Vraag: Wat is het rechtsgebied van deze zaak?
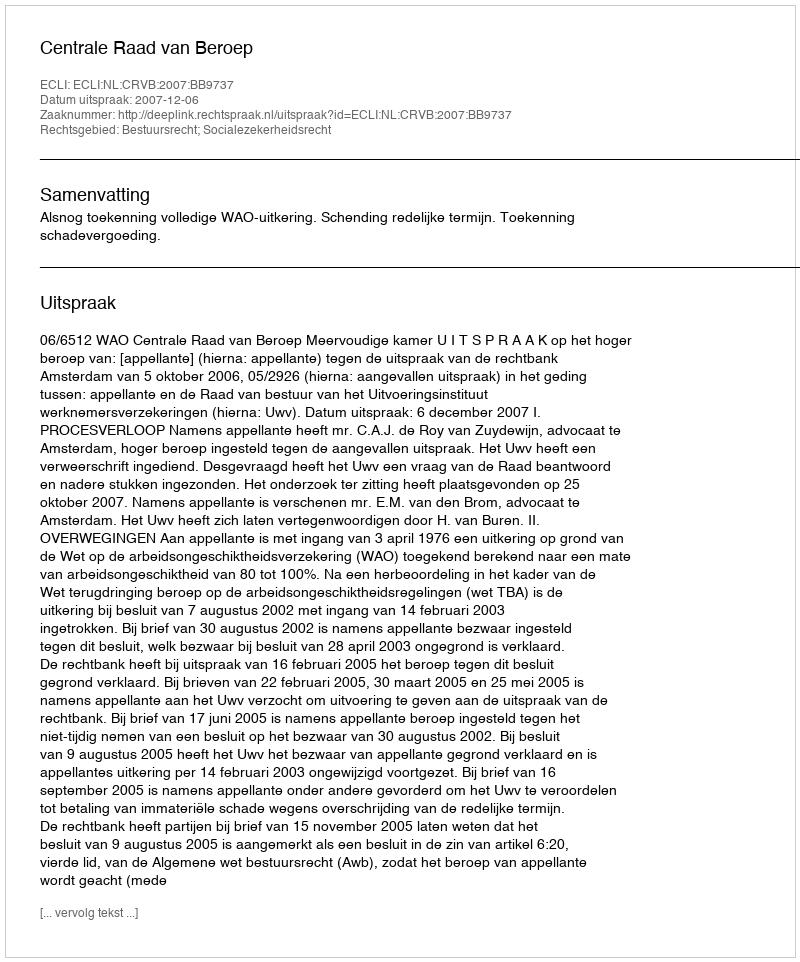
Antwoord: Bestuursrecht; Socialezekerheidsrecht